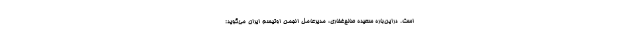
است. دراین‌باره سعیده صالح‌غفاری، مدیرعامل انجمن اوتیسم ایران می‌گوید: